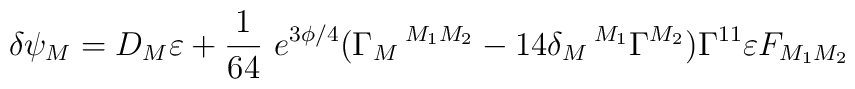
\delta\psi_M=D_M \varepsilon +{1\over 64}~e^{3\phi/4}(\Gamma_M\,^{M_1M_2} - 14 \delta_M\,^{M_1} \Gamma^{M_2})\Gamma^{11}\varepsilon F_{M_1M_2}